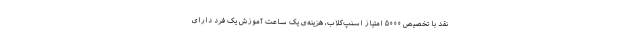
نقد با تخصیص ۵۰۰۰ امتیاز اسنپ‌کلاب، هزینه‌ی یک ساعت آموزش یک فرد دارای